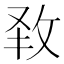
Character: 𭣧